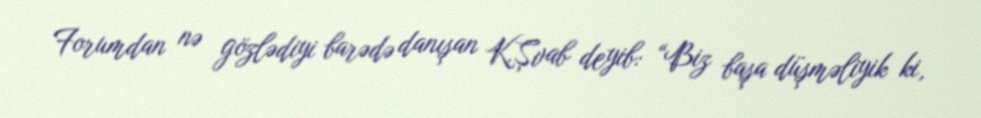
Forumdan nə gözlədiyi barədə danışan K.Şvab deyib: “Biz başa düşməliyik ki,